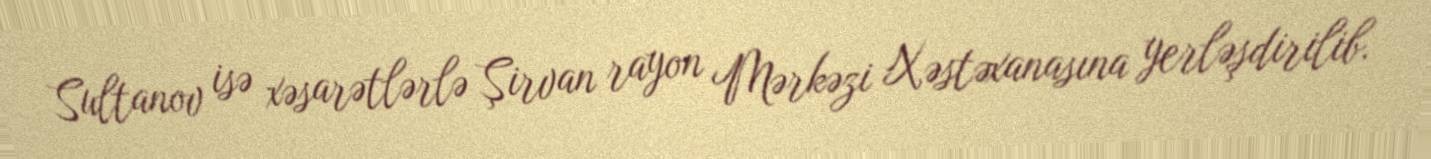
Sultanov isə xəsarətlərlə Şirvan rayon Mərkəzi Xəstəxanasına yerləşdirilib.